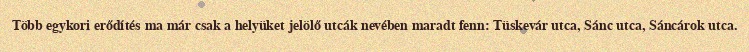
Több egykori erődítés ma már csak a helyüket jelölő utcák nevében maradt fenn: Tüskevár utca, Sánc utca, Sáncárok utca.